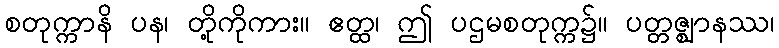
စတုက္ကာနိ ပန၊ တို့ကိုကား။ ဧတ္ထ၊ ဤ ပဌမစတုက္က၌။ ပတ္တဇ္ဈာနဿ၊